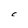
Character: C